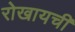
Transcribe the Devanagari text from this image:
रोखायची